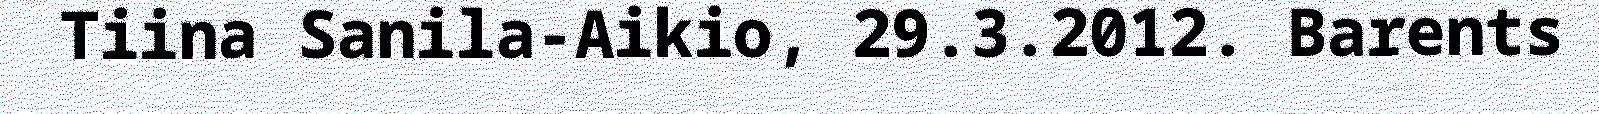
Tiina Sanila-Aikio, 29.3.2012. Barents